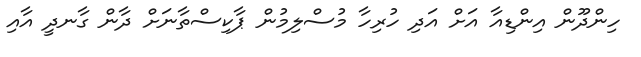
ހިންދޫން އިންޑިއާ އަށް އަދި ހުރިހާ މުސްލިމުން ޕާކިސްތާނަށް ދާން ގާނދީ އާއި